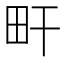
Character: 𤰟